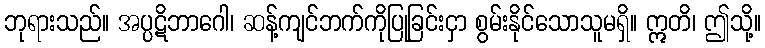
ဘုရားသည်။ အပ္ပဋိဘာဂေါ၊ ဆန့်ကျင်ဘက်ကိုပြုခြင်းငှာ စွမ်းနိုင်သောသူမရှိ။ ဣတိ၊ ဤသို့။